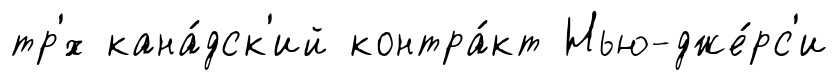
тр'́х кана́дск'ий контра́кт Нью-дже́рс'и